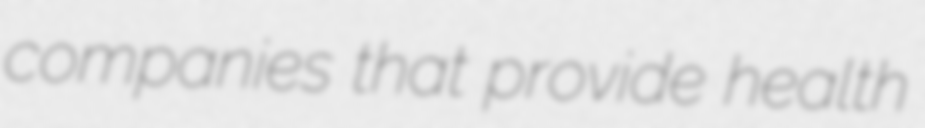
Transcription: companies that provide health